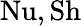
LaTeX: \mathrm{{Nu,Sh}}